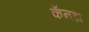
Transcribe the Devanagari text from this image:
कँनडा